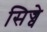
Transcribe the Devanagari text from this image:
सिज्वे